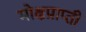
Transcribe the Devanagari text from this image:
मोक्षप्राप्‍ती